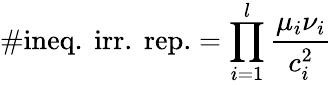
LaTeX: \# \mathrm{ineq.~irr.~rep.}=\prod_{i=1}^{l}\frac{\mu_{i}\nu_{i}}{c_{i}^{2}}